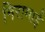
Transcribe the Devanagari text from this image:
निरामाई